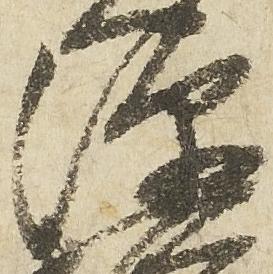
源